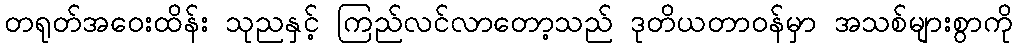
တရုတ်အဝေးထိန်း သုညနှင့် ကြည်လင်လာတော့သည် ဒုတိယတာဝန်မှာ အသစ်များစွာကို